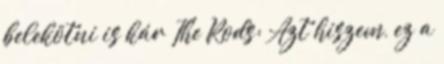
belekötni is kár The Rods: Azt hiszem, ez a